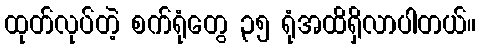
ထုတ်လုပ်တဲ့ စက်ရုံတွေ ၃၅ ရုံအထိရှိလာပါတယ်။